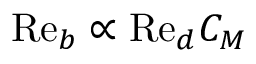
\mathrm { R e } _ { b } \propto \mathrm { R e } _ { d } C _ { M }